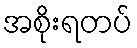
အစိုးရတပ်